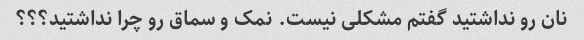
نان رو نداشتید گفتم مشکلی نیست. نمک و سماق رو چرا نداشتید؟؟؟